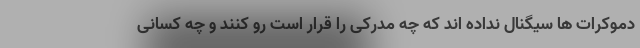
دموکرات ها سیگنال نداده اند که چه مدرکی را قرار است رو کنند و چه کسانی